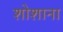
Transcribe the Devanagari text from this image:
शोशाना